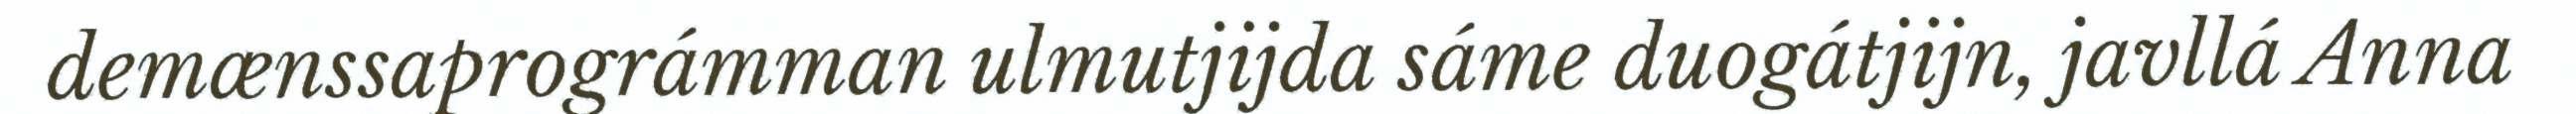
demænssaprográmman ulmutjijda sáme duogátjijn, javllá Anna